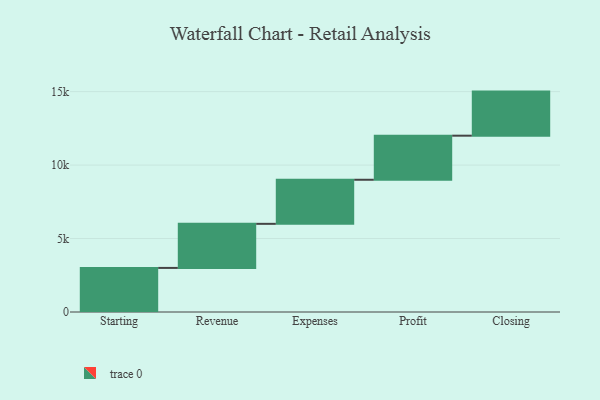
{"axis": {"x": "Step", "y": "Value"}, "legend": [""], "data": [{"x": "Starting", "y": 3000, "type": ""}, {"x": "Revenue", "y": 3000, "type": ""}, {"x": "Expenses", "y": 3000, "type": ""}, {"x": "Profit", "y": 3000, "type": ""}, {"x": "Closing", "y": 3000, "type": ""}]}